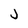
Character: j